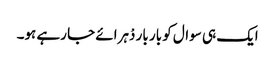
ایک ہی سوال کو بار بار دْہرائے جا رہے ہو۔